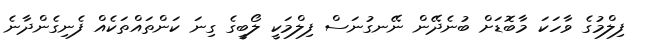
ފިލްމުގެ ވާހަކަ މާބޮޑަށް ބުނެދޭން ނޭނގުނަސް ފިލްމަކީ ލޯބީގެ ގިނަ ކަންތައްތަކެއް ފެނިގެންދާނެ